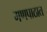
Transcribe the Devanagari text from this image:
गणपाठात